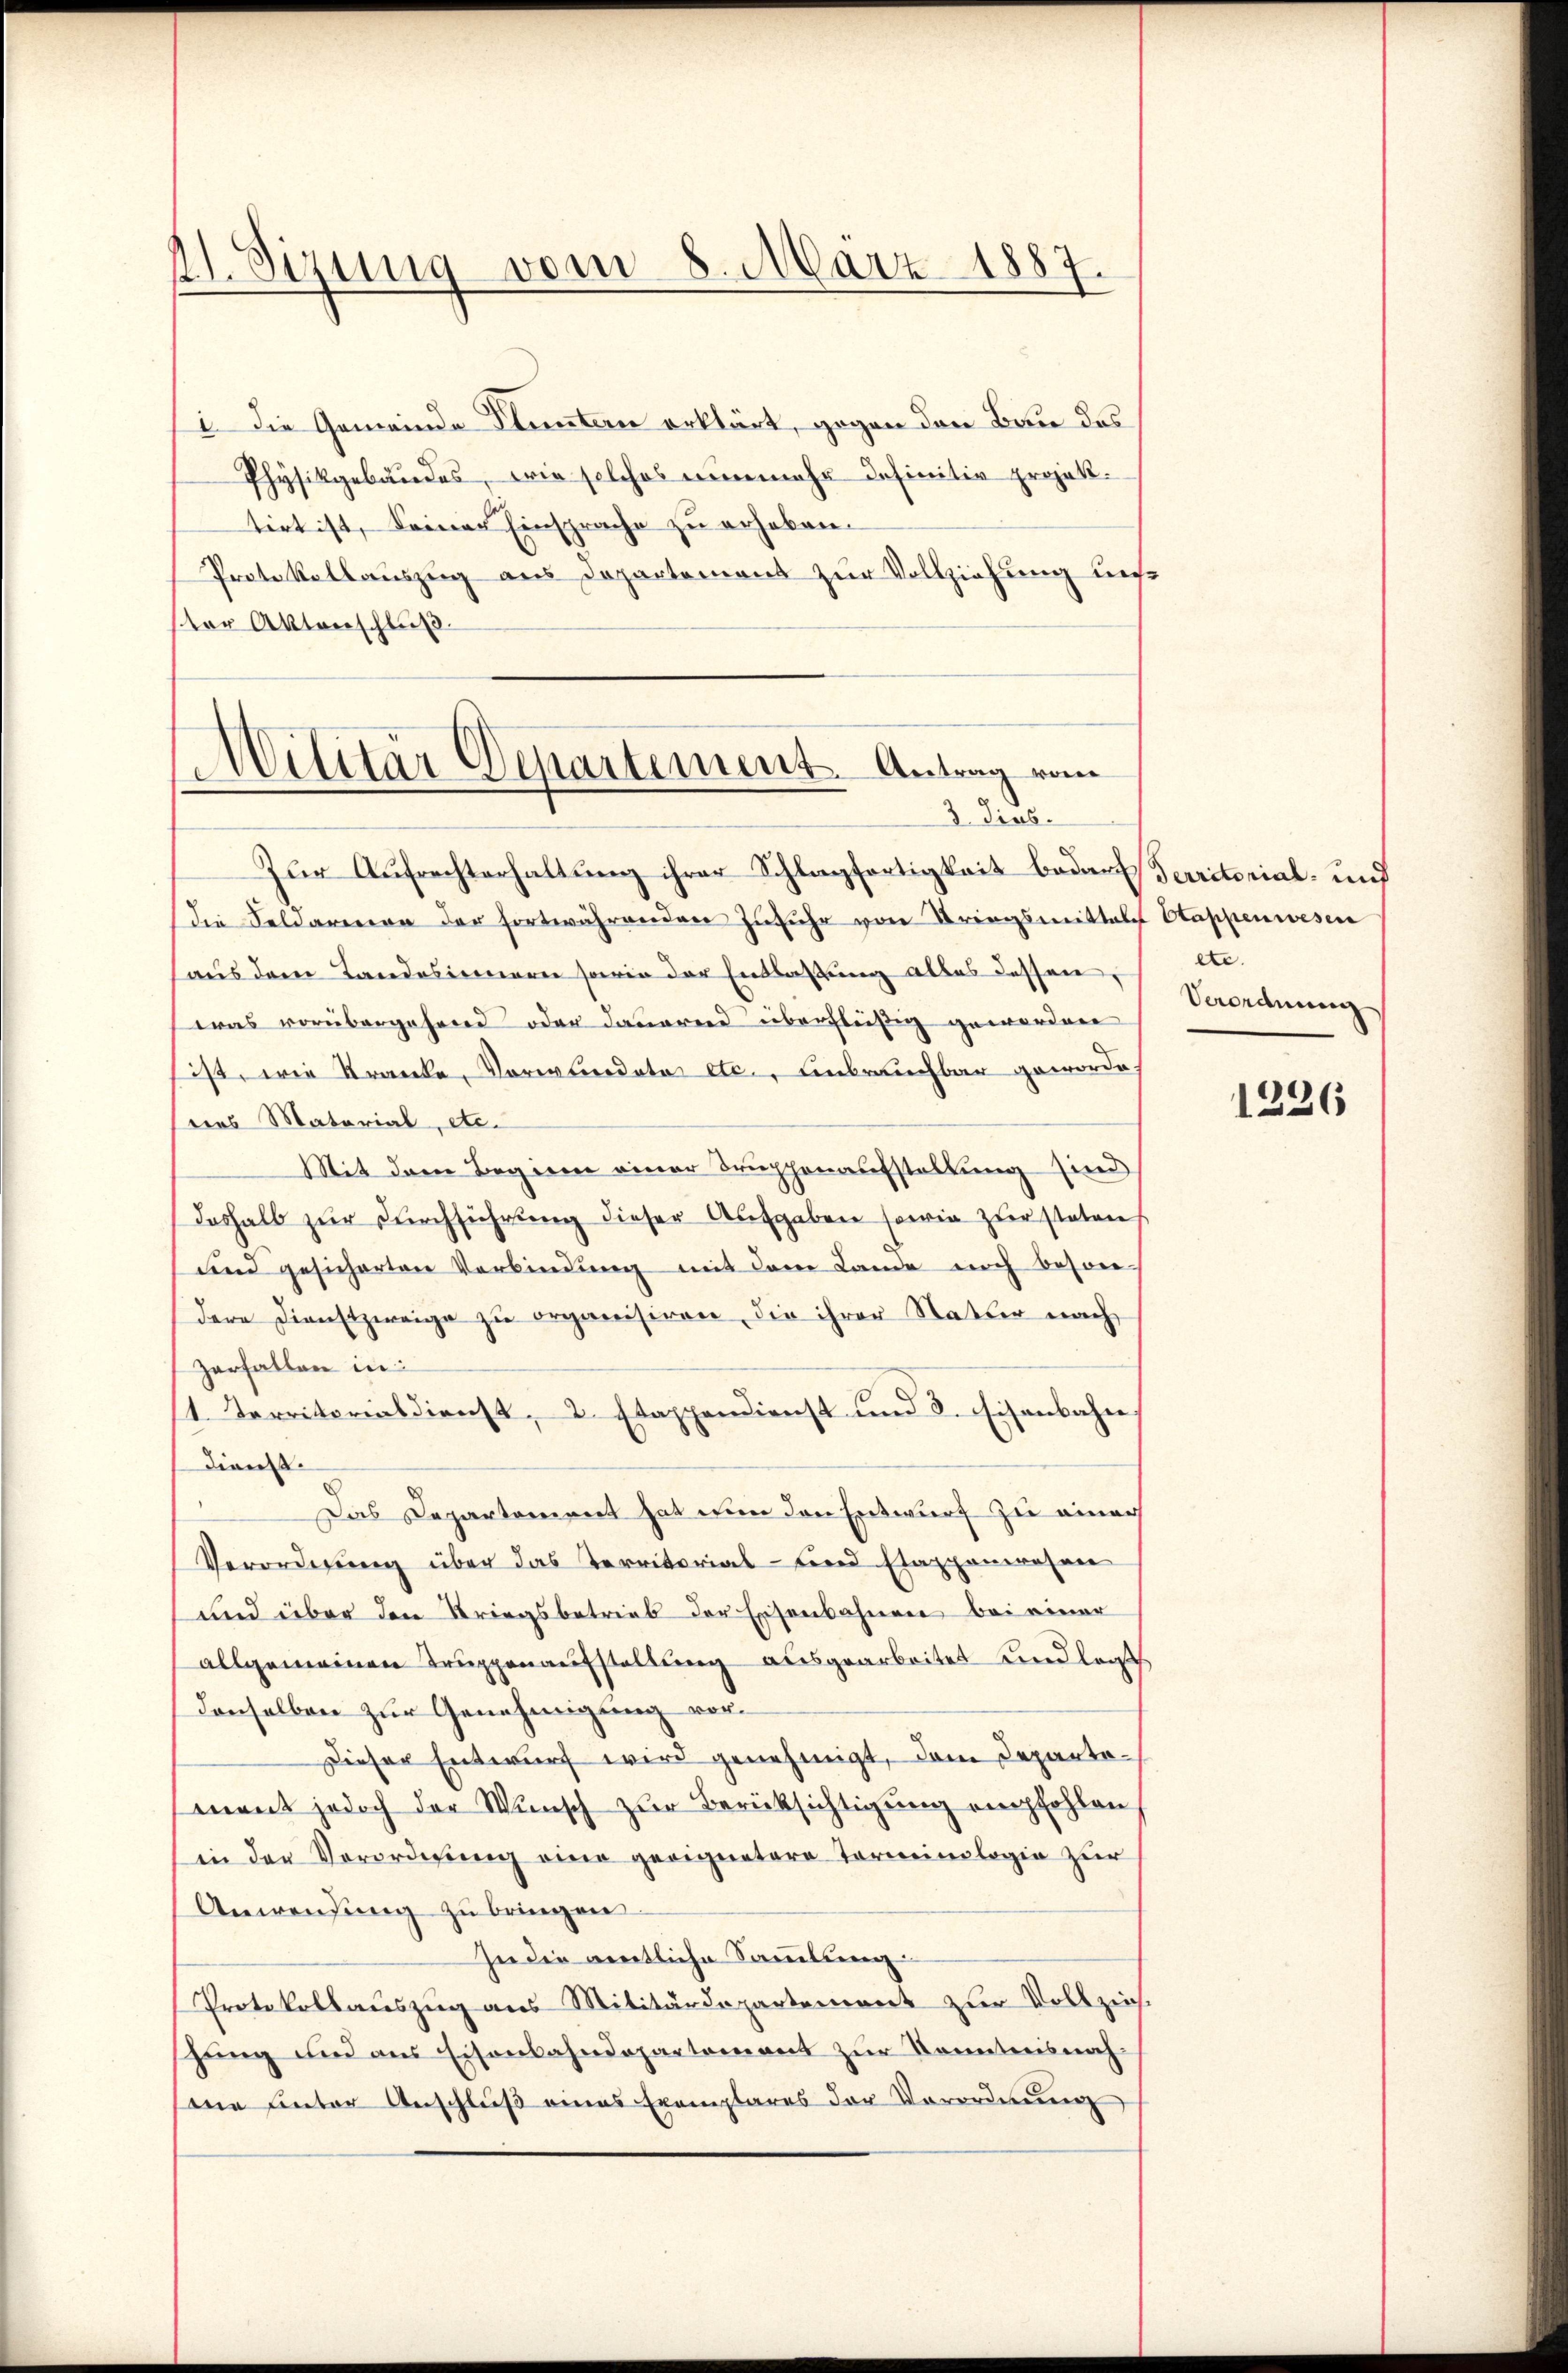
21. Sizung vom 8. März 1887.

i. Die Gemeinde Fluntern erklärt, gegen den Bau des
Physikgebäudes, wie solches nunmehr definitiv projektirt ist, seiner Einsprache zu erheben.
Protokollauszug aus Departement zur Vollziehung uns
ter Aktenschluß.

Militär Departement. Antrag vom
3 dies.

Zur Aufrechterhaltung ihrer Schlagfertigkeit bedarf Perritorial- und
die Feldarenon der fortwährenden Zŭfŭhr von Triegsmittel Stappenwesen
haus dem Landosinnern sowie der Entlaßung alles dessen, d.
was vorübergehend oder daueren überflüßig geworden
ist, wie Kranke, Vormundete etc., unbrauchbar geworde
des Material, etc.
Mit dem Beginne einer Truppenaufstellung sind
deshalb zur Durchführung dieser Aufgaben sowie zur steten
und gesicherten Verbindŭng mit dem Lande noch beson-
dere Dienstzweige zu organisiren, die ihrer Natur nach
Zerfallen in
1. Territorialdienst, 2. Etappendienst und 2. Eisenbahn,
Dienst
Das Departement hat nun den Entwurf zu einer
Verordnung über das Territorial- und stappenwesen
und über den Kriegsbetrieb der Eisenbahnen bei einer
allgemeinen Truppenaufstellung ausgearbeitet und legt
denselben zur Genehmigung vor¬
Dieser Entwurf wird genehmigt, dem Departemnent jedoch der Wunsch zur Berücksichtigung empfohlen
in der Verordnŭng eine geeignetere Terminologie zur
Anwendung zu bringen.
In die amtliche Sammlung
Protokollauszug aus Militärdepartement zur Vollziehshung und aus Eisenbahndepartement zur Kenntnisnah
me hinter Anschlŭβ eines Exemplares der Verordnŭng

Verordnung

1226